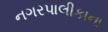
નગરપાલીકાના